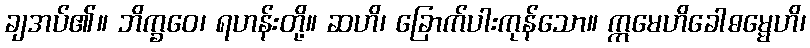
ချအပ်၏။ ဘိက္ခဝေ၊ ရဟန်းတို့။ ဆဟိ၊ ခြောက်ပါးကုန်သော။ ဣမေဟိခေါဓမ္မေဟိ၊